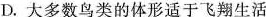
D. 大多数鸟类的体形适于飞翔生活